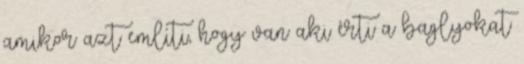
amikor azt említi, hogy van aki érti a baglyokat